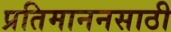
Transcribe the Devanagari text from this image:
प्रतिमाननसाठी